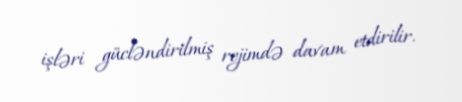
işləri gücləndirilmiş rejimdə davam etdirilir.